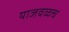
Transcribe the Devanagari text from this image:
याजवळच